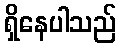
ရှိနေပါသည်